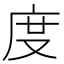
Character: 度